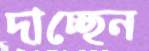
দাচ্ছেন